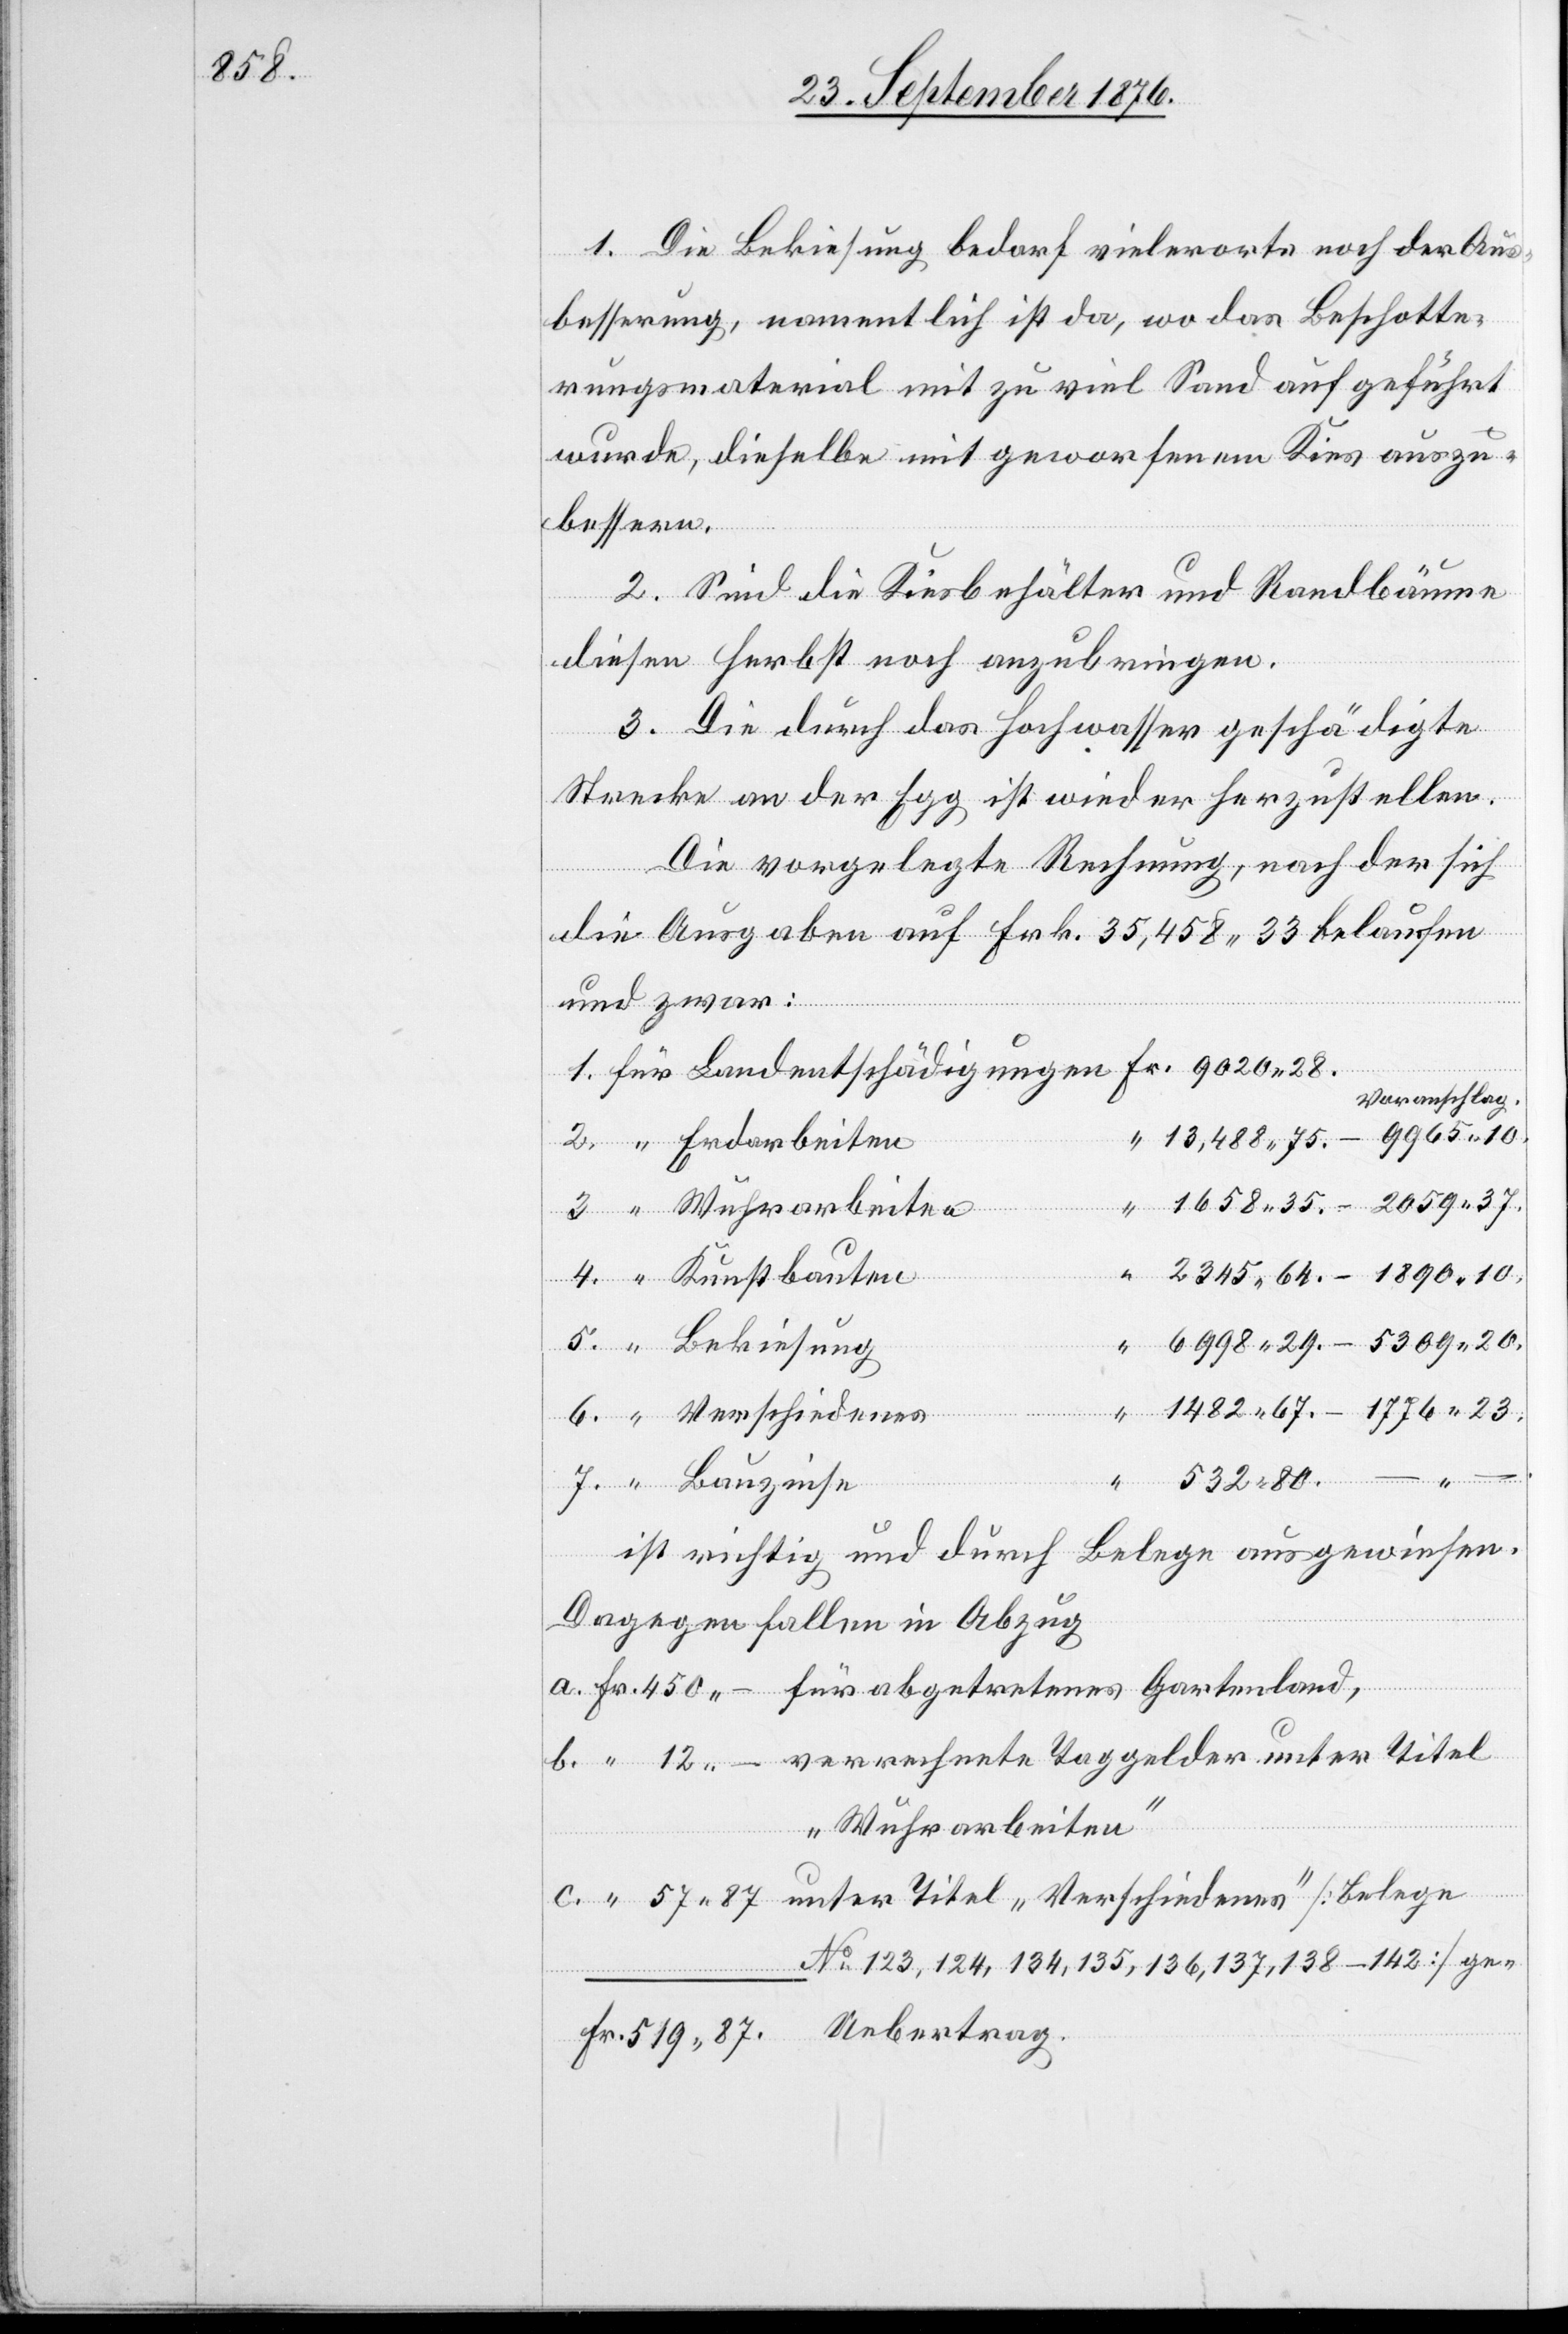
1. Die Bekiesung bedarf vielerorts noch der Aus¬
besserung, namentlich ist da, wo das Beschotte¬
rungsmaterial mit zu viel Sand aufgeführt
wurde, dieselbe mit geworfenem Kies auszu¬
87.
bessern.
2. Sind die Kiesbehälter und Randbäume
diesen Herbst noch anzubringen.
3. Die durch das Hochwasser geschädigte
Strecke an der Egg ist wieder herzustellen.
Die vorgelegte Rechnung, nach der sich
57
die Ausgaben auf Frk. 35,458 33 belaufen
und zwar:
c.
Voranschlag.
4.
23.
b.
unter Titel „Verschiedenes“
Uebertrag
532 80.
“
12
ist richtig und durch Belege ausgewiesen.
Dagegen fallen in Abzug
„Wuhrarbeiten“
No 123, 124, 134, 135, 136, 137, 138–142] ge-